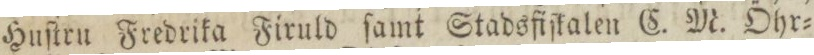
Huſtru Fredrika Firuld ſamt Stadsfiſkalen C. M. Öhr=